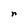
Character: r